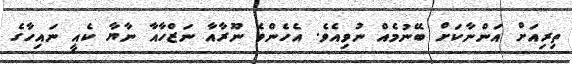
ތިރިއަށް އަންނާކަށް ބޭނުމެއް ނުވިއެވެ. އެހެންވެ ނޫރާއާ ނަޒްހާއާ ނާޔާ ކެއީ ނައިހާގެ